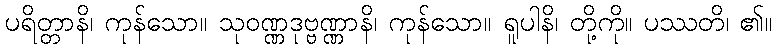
ပရိတ္တာနိ၊ ကုန်သော။ သုဝဏ္ဏဒုဗ္ဗဏ္ဏာနိ၊ ကုန်သော။ ရူပါနိ၊ တို့ကို။ ပဿတိ၊ ၏။